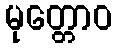
မုတ္တောဝ